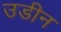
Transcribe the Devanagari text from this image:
उडीन